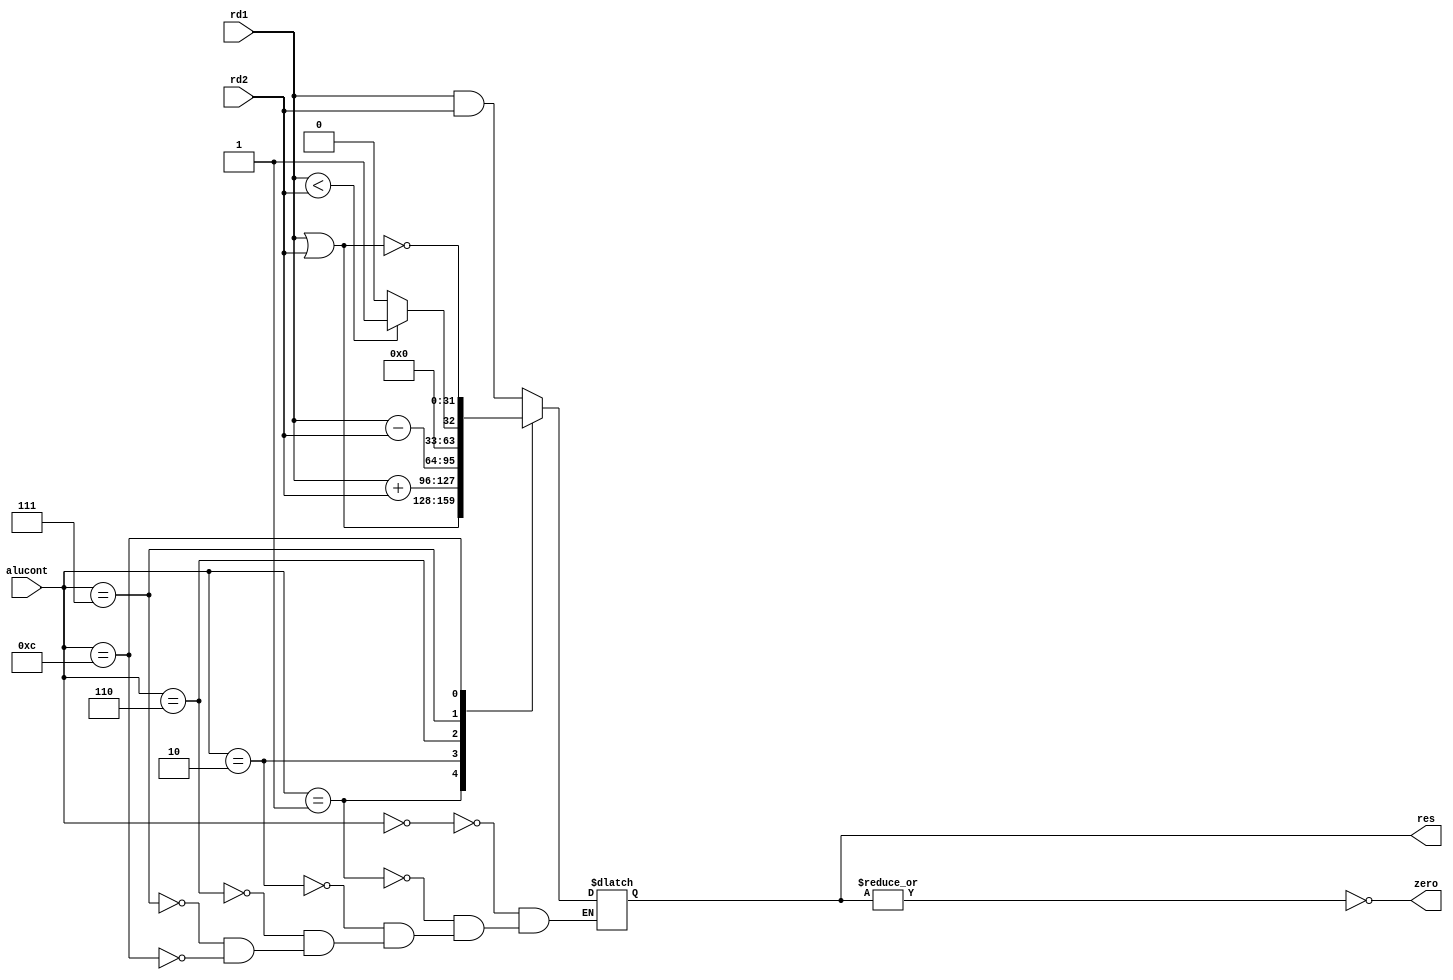
`timescale 1ns/1ps

/*
	32 bit mips alu
	no cout?
	signed/unsigned ops?
 */

module alu(alucont, rd1, rd2, res, zero);
	input [3:0] alucont;
	input [31:0] rd1;
	input [31:0] rd2;
	output reg [31:0] res;
	output wire zero;

	localparam AND 	= 4'b0000;
	localparam OR 	= 4'b0001;
	localparam ADD 	= 4'b0010;
	localparam SUB 	= 4'b0110;
	localparam SLT 	= 4'b0111;
	localparam NOR 	= 4'b1100;

	always @(*) begin
		case(alucont)
			AND		: begin
				res <= rd1 & rd2;
			end
			OR 		: begin
				res <= rd1 | rd2;
			end
			ADD 	: begin
				res <= rd1 + rd2;
			end
			SUB 	: begin
				res <= rd1 - rd2;
			end
			SLT 	: begin
				res <= (rd1 < rd2) ? 1 : 0;
			end
			NOR 	: begin
				res <= ~(rd1 | rd2);
			end
		endcase
	end

	// bitwise or on all the bits in the bus
	assign zero = ~(|res);

endmodule